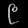
Digit: ၉